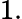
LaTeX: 1.